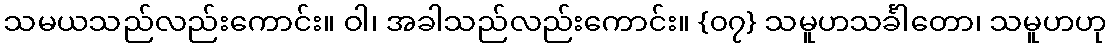
သမယသည်လည်းကောင်း။ ဝါ၊ အခါသည်လည်းကောင်း။ {၀၇} သမူဟသင်္ခါတော၊ သမူဟဟု